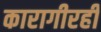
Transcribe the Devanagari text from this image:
कारागीरही